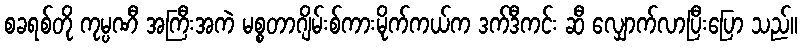
စခရစ်တို ကုမ္ပဏီ အကြီးအကဲ မစ္စတာဂျိမ်းစ်ကားမိုက်ကယ်က ဒက်ဒီကင်း ဆီ လျှောက်လာပြီးပြော သည်။